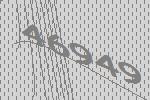
46949